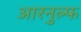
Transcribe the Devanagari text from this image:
आरनुल्फ